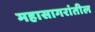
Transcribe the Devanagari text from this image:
महासागरांतील